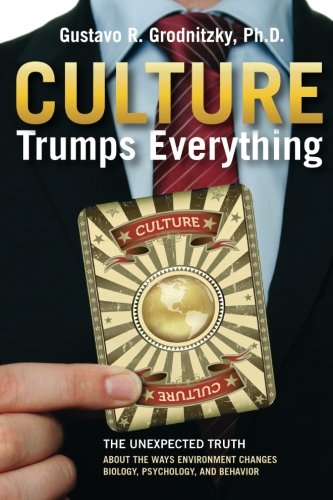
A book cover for Culture Trumps Everything: The Unexpected Truth about the Ways Environment Changes Biology, Psychology, and Behavior; Gustavo R. Grodnitzky Ph.D.; Medical Books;